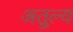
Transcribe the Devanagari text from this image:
अतूल्य